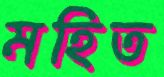
মহিত